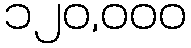
၁၂၀,၀၀၀